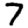
Digit: 7